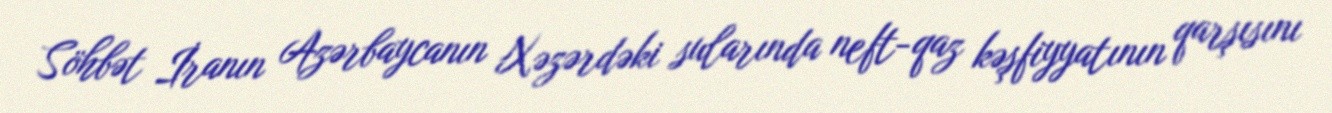
Söhbət İranın Azərbaycanın Xəzərdəki sularında neft-qaz kəşfiyyatının qarşısını